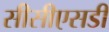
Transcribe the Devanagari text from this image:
सीसीएसडी